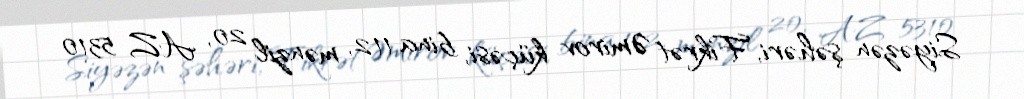
Siyəzən şəhəri, Fikrət Əmirov küçəsi, bina 112, mənzil 20, AZ 5310